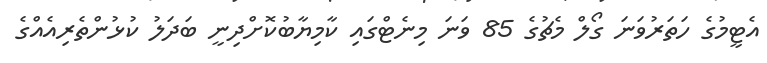
އެޓީމުގެ ހަތަރުވަނަ ގޯލް މެޗުގެ 85 ވަނަ މިނެޓްގައި ކާމިޔާބުކޮށްދިނީ ބަދަލު ކުޅުންތެރިއެއްގެ